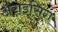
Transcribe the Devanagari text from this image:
अराइसिंग